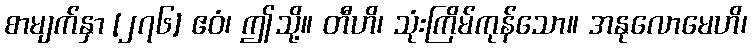
စာမျက်နှာ [၂၇၆] ဧဝံ၊ ဤသို့။ တီဟိ၊ သုံးကြိမ်ကုန်သော။ အနုလောမေဟိ၊